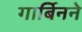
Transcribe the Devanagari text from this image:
गार्बिनने